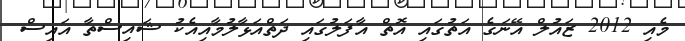
މެއި 2012 ޒައުލް އޭނަގެ އަތުގައި އޮތް އާފަލުގައި ދަތްއަޅާލުމާއިއެކު ޝައިސްތާ އައިސް